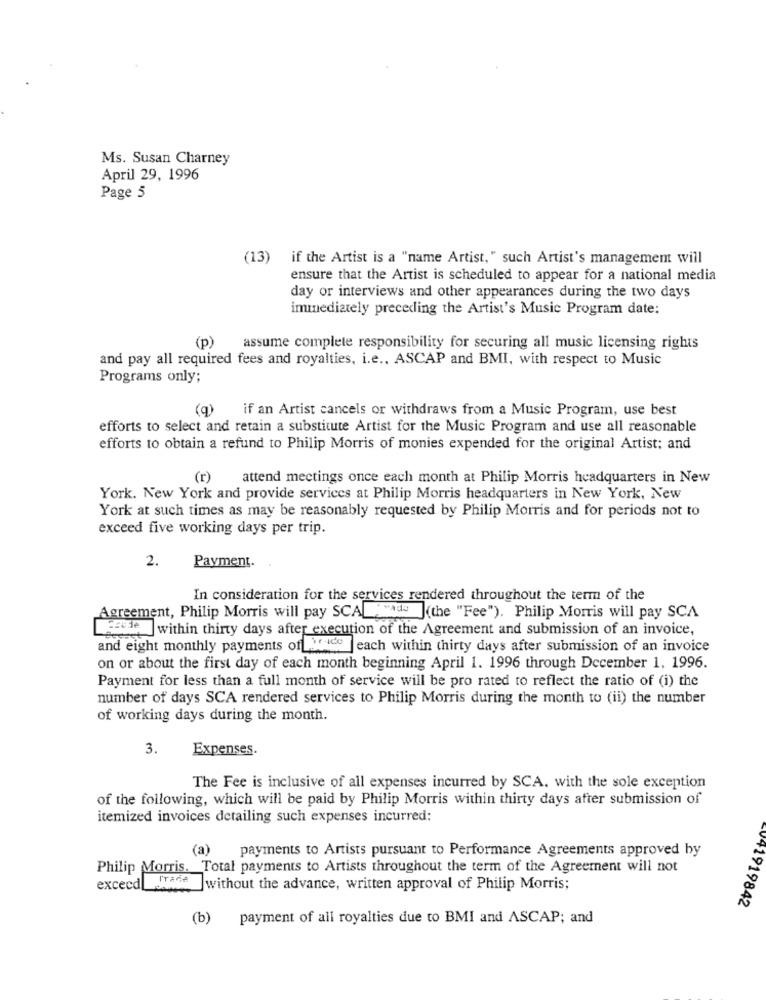
Ms. Susan Charney
April 29, 1996
Page 5
(13) if the Artist is a "name Artist, " such Artist's management will
ensure that the Artist is scheduled to appear for a national media
day or interviews and other appearances during the two days
immediately preceding the Artist's Music Program date:
(p)
assume complete responsibility for securing all music licensing rights
and pay all required fees and royalties, i.e ., ASCAP and BMI, with respect to Music
Programs only;
(q) if an Artist cancels or withdraws from a Music Program, use best
efforts to select and retain a substitute Artist for the Music Program and use all reasonable
efforts to obtain a refund to Philip Morris of monies expended for the original Artist; and
(r)
attend meetings once each month at Philip Morris headquarters in New
York. New York and provide services at Philip Morris headquarters in New York, New
York at such times as may be reasonably requested by Philip Morris and for periods not to
exceed five working days per trip.
2.
Payment.
In consideration for the services rendered throughout the term of the
services rende
Agreement, Philip Morris will pay SCA woda (the "Fe"). Philip Morris will pay SCA
[e]within thirty days after execution of the Agreement and submission of an invoice,
and eight monthly payments of heide each within thirty days after submission of an invoice
on or about the first day of each month beginning April 1. 1996 through December 1, 1996.
Payment for less than a full month of service will be pro rated to reflect the ratio of (i) the
number of days SCA rendered services to Philip Morris during the month to (ii) the number
of working days during the month.
3.
Expenses.
The Fee is inclusive of all expenses incurred by SCA. with the sole exception
of the following, which will be paid by Philip Morris within thirty days after submission of
itemized invoices detailing such expenses incurred:
(a)
payments to Artists pursuant to Performance Agreements approved by
Philip Morris.
Total payments to Artists throughout the term of the Agreement will not
Trade
exceed
without the advance, written approval of Philip Morris;
V41919842
(b)
payment of all royalties due to BMI and ASCAP; and